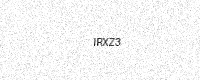
Text: IRXZ3